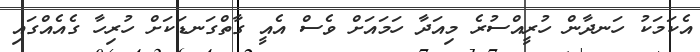
އެކަމަކު ހަނދާން ހުރީއްސުރެ މިއަދާ ހަމައަށް ވެސް އެއީ ގާތްގަނޑަކަށް ހުރިހާ ގެއެއްގައި